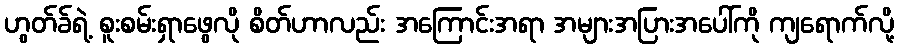
ဟွတ်ခ်ရဲ့ စူးစမ်းရှာဖွေလို စိတ်ဟာလည်း အကြောင်းအရာ အများအပြားအပေါ်ကို ကျရောက်လို့